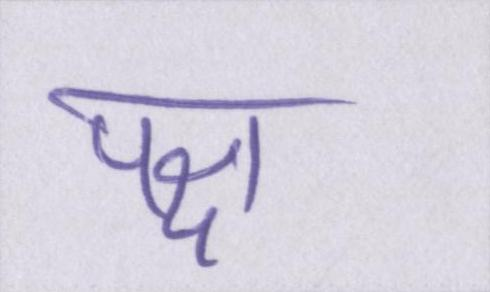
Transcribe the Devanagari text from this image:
पक्ष